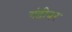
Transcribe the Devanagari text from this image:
गंडीवर